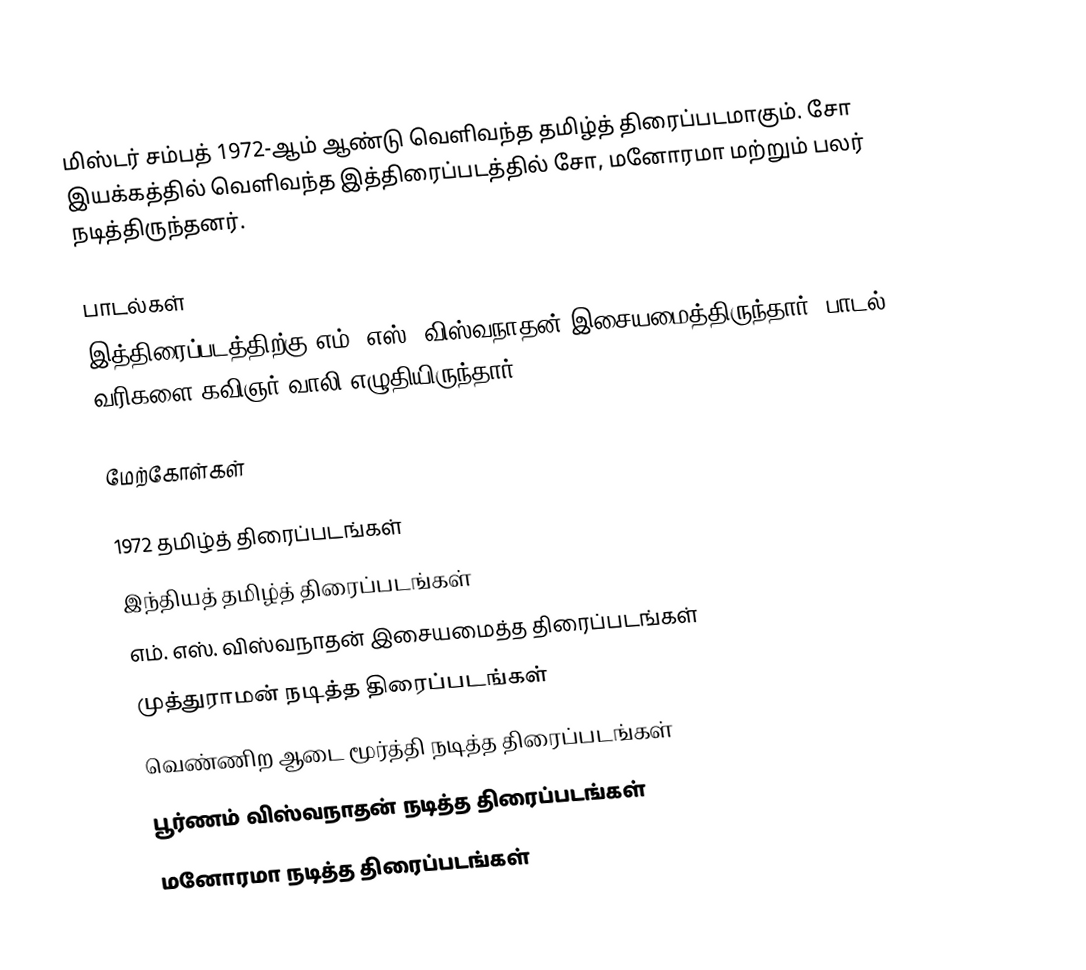
மிஸ்டர் சம்பத் 1972-ஆம் ஆண்டு வெளிவந்த தமிழ்த் திரைப்படமாகும். சோ இயக்கத்தில் வெளிவந்த இத்திரைப்படத்தில் சோ, மனோரமா மற்றும் பலர் நடித்திருந்தனர்.

பாடல்கள்
இத்திரைப்படத்திற்கு எம். எஸ். விஸ்வநாதன் இசையமைத்திருந்தார். பாடல் வரிகளை கவிஞர் வாலி எழுதியிருந்தார்.

மேற்கோள்கள்

1972 தமிழ்த் திரைப்படங்கள்
இந்தியத் தமிழ்த் திரைப்படங்கள்
எம். எஸ். விஸ்வநாதன் இசையமைத்த திரைப்படங்கள்
முத்துராமன் நடித்த திரைப்படங்கள்
வெண்ணிற ஆடை மூர்த்தி நடித்த திரைப்படங்கள்
பூர்ணம் விஸ்வநாதன் நடித்த திரைப்படங்கள்
மனோரமா நடித்த திரைப்படங்கள்